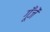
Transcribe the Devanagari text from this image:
गूँजें